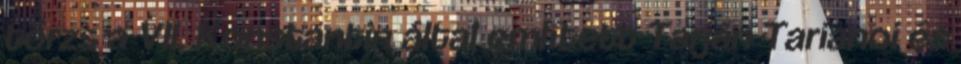
törzs a VII. Konstantin által említett Tarján Tarianoi és